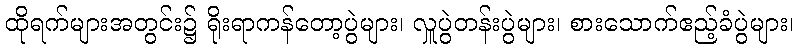
ထိုရက်များအတွင်း၌ ရိုးရာကန်တော့ပွဲများ၊ လှူပွဲတန်းပွဲများ၊ စားသောက်ဧည့်ခံပွဲများ၊